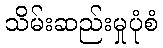
သိမ်းဆည်းမှုပုံစံ